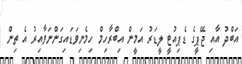
އަބްދު އާއި ޖޭޕީގެ ޑެޕިއުޓީ ލީޑަރު އަމީން އިބްރާހިމް ހިމެނިވަޑައިގަންނަވާއިރު އެ ތިން